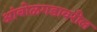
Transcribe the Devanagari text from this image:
आंबोळगडावरील